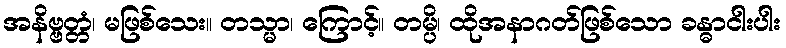
အနိဗ္ဗတ္တံ၊ မဖြစ်သေး။ တသ္မာ၊ ကြောင့်။ တမ္ပိ၊ ထိုအနာဂတ်ဖြစ်သော ခန္ဓာငါးပါး